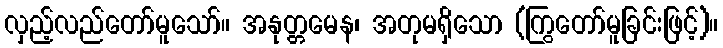
လှည့်လည်တော်မူသော်။ အနုတ္တမေန၊ အတုမရှိသော (ကြွတော်မူခြင်းဖြင့်)။